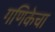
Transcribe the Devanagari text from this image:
गणिकेचा